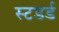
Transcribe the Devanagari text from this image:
स्टडर्ड